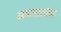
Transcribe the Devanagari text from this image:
आबालालांचा